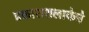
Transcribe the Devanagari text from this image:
प्रकाशशलाकेचे